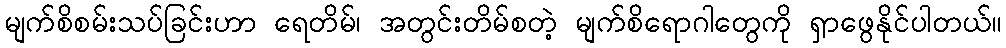
မျက်စိစမ်းသပ်ခြင်းဟာ ရေတိမ်၊ အတွင်းတိမ်စတဲ့ မျက်စိရောဂါတွေကို ရှာဖွေနိုင်ပါတယ်။